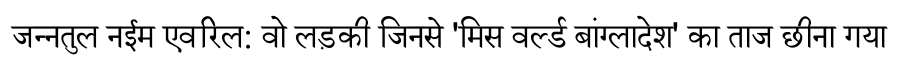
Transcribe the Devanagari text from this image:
जन्नतुल नईम एवरिल: वो लड़की जिनसे 'मिस वर्ल्ड बांग्लादेश' का ताज छीना गया